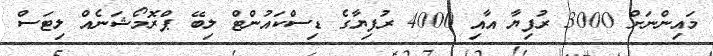
މައިންނަށް 3000 ރުފިޔާ އާއި 4000 ރުފިޔާގެ ޑިސްކައުންޓް ލިބޭ ޕްރޮމޯޝަނެއް ލިޓަސް